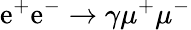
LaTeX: \mathrm{e}^{+}\mathrm{e}^{-}\to\gamma\mu^{+}\mu^{-}